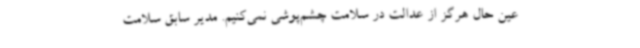
عین حال هرگز از عدالت در سلامت چشم‌پوشی نمی‌کنیم. مدیر سابق سلامت